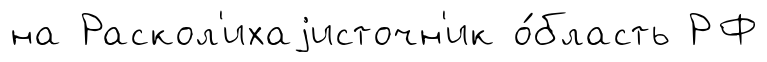
на Раскол'ихаjисточн'ик о́бласть РФ